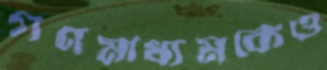
গণমাধ্যমকেও